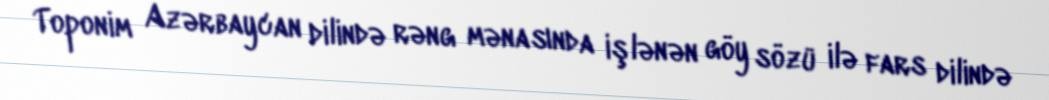
Toponim Azərbaycan dilində rəng mənasında işlənən göy sözü ilə fars dilində